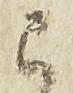
已